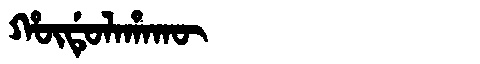
Manchu: ᡥᡡᡩᡠᠯᠠᡥᠠᡴᡡ
Romanization: HŪDULAHAKŪ